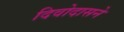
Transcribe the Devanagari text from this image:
दिवोदासने